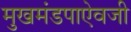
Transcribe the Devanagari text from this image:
मुखमंडपाऐवजी